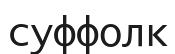
суффолк